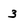
Character: 3